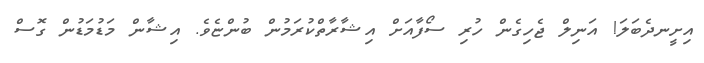
އިށީނދެބަލަ! އަނިލް ޖެހިގެން ހުރި ސޯފާއަށް އިޝާރާތްކުރަމުން ބުންޏެވެ. އިޝާން މަޑުމަޑުން ގޮސް